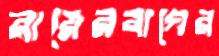
রায়েরবাগের